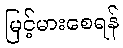
မြင့်မားစေရန်